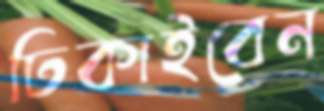
ঢিকাইবেন